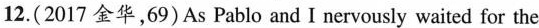
12.(2017 金华,69)As Pablo and I nervously waited for the